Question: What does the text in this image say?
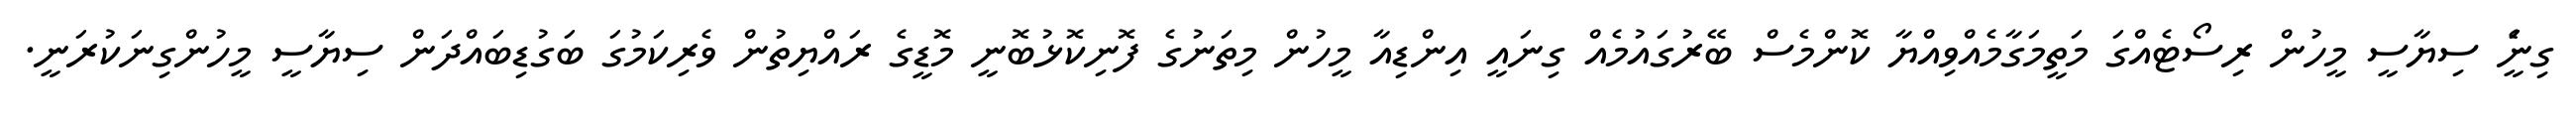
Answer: ގިނަެީ ސިޔާސީ މީހުން ރިސޯޓެއްގަ މަތީމަގާމެއްވިއްޔާ ކޮންމެސް ބޭރުގައުމެއް ގިނައީ އިންޑިއާ މީހުން މިތަނުގެ ފޮނިކޮޅުބޮނީ މޮޑީގެ ރައްޔިތުން ވެރިކަމުގަ ބަގުޑިބައްދަން ސިޔާސީ މީހުންގިނަކުރަނީ.